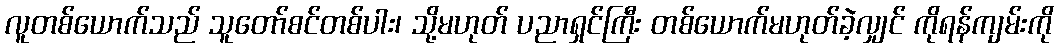
လူတစ်ယောက်သည် သူတော်စင်တစ်ပါး၊ သို့မဟုတ် ပညာရှင်ကြီး တစ်ယောက်မဟုတ်ခဲ့လျှင် ကိုရန်ကျမ်းကို